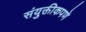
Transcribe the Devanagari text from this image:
संयुक्तीकपणे